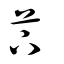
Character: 芐